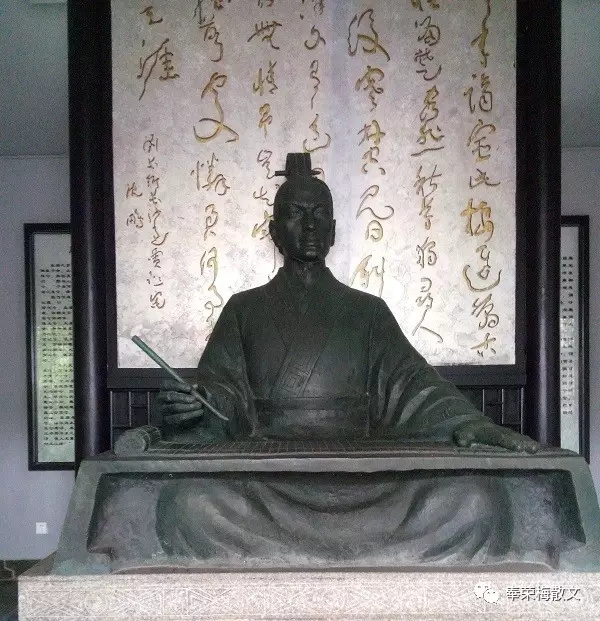
贾傅松醪酒，秋来美更香。